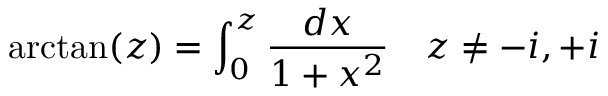
\arctan ( z ) = \int _ { 0 } ^ { z } { \frac { d x } { 1 + x ^ { 2 } } } \quad z \neq - i , + i